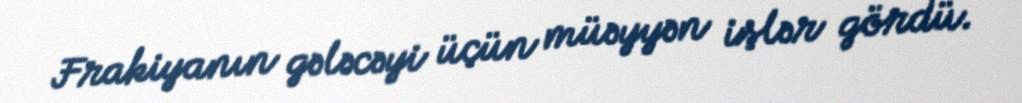
Frakiyanın gələcəyi üçün müəyyən işlər gördü.